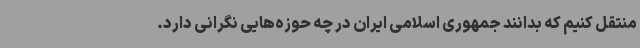
منتقل کنیم که بدانند جمهوری اسلامی ایران در چه حوزه‌هایی نگرانی دارد.